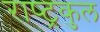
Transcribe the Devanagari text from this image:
राष्‍ट्रकुल